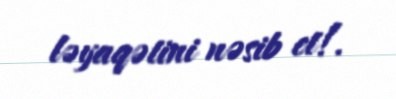
ləyaqətini nəsib et!.